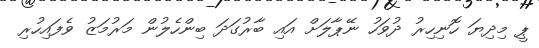
ޕީ މިދިޔަ ހޮނިހިރު ދުވަހު ނޭޕާލަށް އައި ބާރުގަދަ ބިންހެލުން މަރުމަޒު ވެފައިހުރި